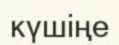
күшіңе